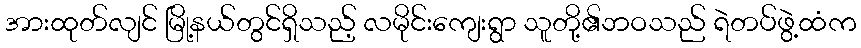
အားထုတ်လျင် မြို့နယ်တွင်ရှိသည့် လမိုင်းကျေးရွာ သူတို့၏ဘဝသည် ရဲတပ်ဖွဲ့ထံက